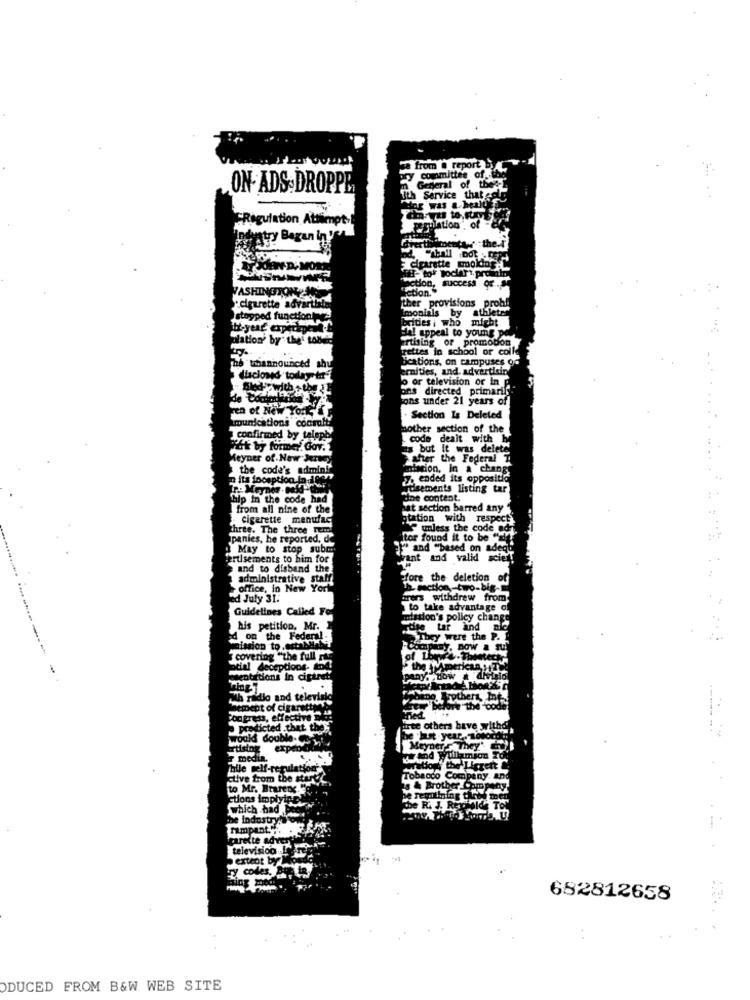
from @ report By4.
committee of ..
eneral
ON- ADS.DROPPE
dar was &.healt
Service that calg
CRegulation Attempt-
Chart to, sumy
perulation" of
ndystry Bagan in'en
"mentar : the.d'
cigarette moldas.C
Fill-tor toclart, pronto
ASHINGTON, ME
"action, success or .
ction.
cigarette advartista
ther provisions probl
monials by
athlete
topped functioning
brities i who might
Nation by" the' ton
Hal appeal to young po
ertising of promobon
rettes in school or coil
bications, on campuses o
thannounced shu
emnities, and advertising
dlaclond today to"
o or television or In
ons directed primarily
Fons under 21 years of
munications coomoit
Section Is Deleted
hother section of the
confirmed by teleph
code dealt with be
Et by former. Gov.
ts but It was delete
Meyner of New Jers
After the Federal
the code's admini
mation, in a chang
n its inception.in:100
y. ended its oppositi
gosements listing tar
hip in the code had
the content.
from all nine of the
hat section barred any "
cigarette manufac
station with respect
three. The three remi
"umless the code on
ipanies, he reported, de
tor found it to be "alf
May to stop subor
" and "based on ade
Hertlsements to him for
want and valid scie
and to disband the
administrative staff
fore the deletion of
office, in New York
Th. waction-two-big-
ed July 31.
rers withdrew from
Guidelines Called Fo
to take advantage of
mmiation's policy change
his petition, Mr.
tise tar
and
on the Federal
They were the P.
waission to . artik
-Company, BOW
covering "the full rac
of LER
MFC-Theatech
otial deceptions. to
the American, yTel
sentirtions in cigaret
PARY. LOW
uh radio and televing
ement of cigarettes
quy before the "code
Cocpress, effective
predicted .that the'"
irte others have withd
would double-
expeb.bid
Meyner . They'
media.
hile self-regulation
Sou the Lierett C.
ctive from the start
Tobacco Company. ano
to Mr. Brarens
s & Brother Company
ctions implying
se requiining tired men
which had be
che Ri J. Rephalde Tor
he industry!"
rampant.".
garette advery
television .
extent by
682812658
ODUCED FROM B&W WEB SITE